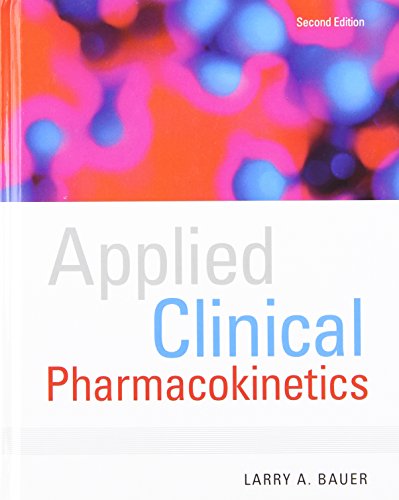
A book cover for Applied Clinical Pharmacokinetics; Larry Bauer; Medical Books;